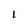
Character: 1